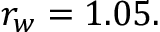
r _ { w } = 1 . 0 5 .